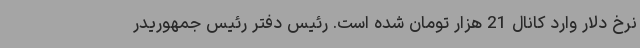
نرخ دلار وارد کانال 21 هزار تومان شده است. رئیس دفتر رئیس جمهوریدر